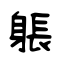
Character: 躼